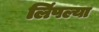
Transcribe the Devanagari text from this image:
लिंपल्या